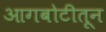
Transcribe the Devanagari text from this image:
आगबोटीतून